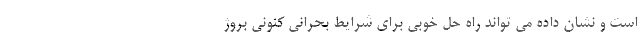
است و نشان داده می تواند راه حل خوبی برای شرایط بحرانی کنونی بروژ